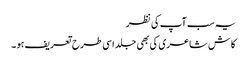
یہ سب آپ کی نظر
کاش شاعری کی بھی جلد اسی طرح تعریف ہو ۔